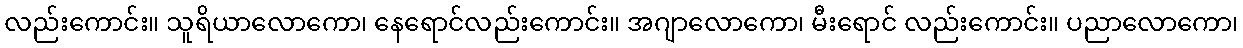
လည်းကောင်း။ သူရိယာလောကော၊ နေရောင်လည်းကောင်း။ အဂျာလောကော၊ မီးရောင် လည်းကောင်း။ ပညာလောကော၊